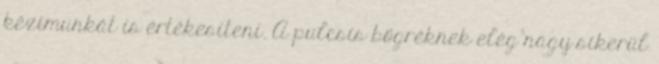
kézimunkát is értékesíteni. A pulcsis bögréknek elég nagy sikerül